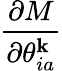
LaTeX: \frac{\partial M}{\partial\theta_{ia}^{\mathbf{k}}}